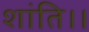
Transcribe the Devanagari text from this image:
शांति।।